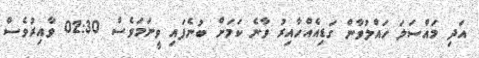
އަދި މައްސަލަ ހައްލުވާން ގަޑިއެއްހާއިރު ވާނެ ކަމަށް ބުނެފައި ވީނަމަވެސް 02:30 ވާއިރުވެސް